Vaccination in Bombay 1913-1923 - 1913-1923
Year: 1913
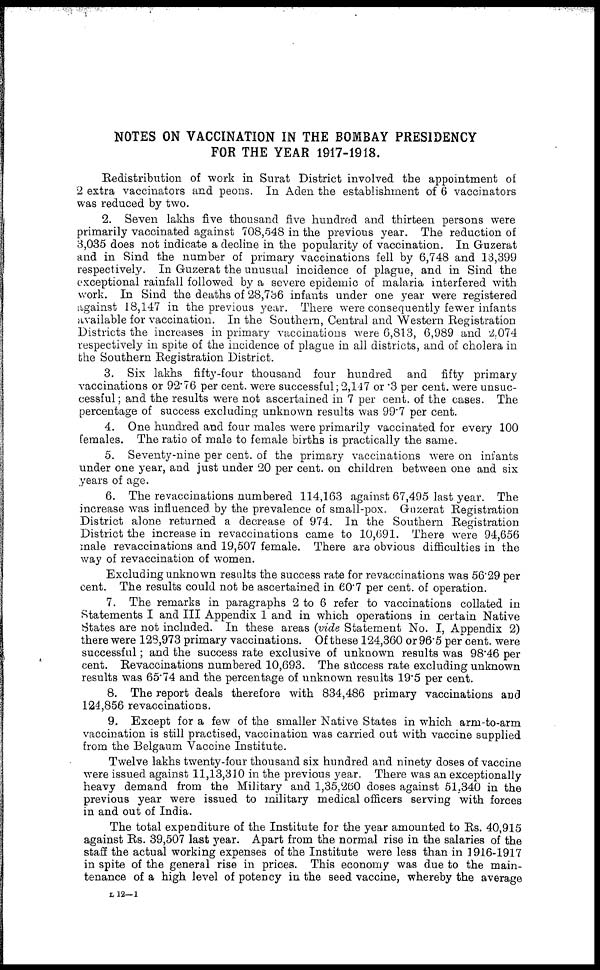
NOTES ON VACCINATION IN THE BOMBAY PRESIDENCY
FOR THE YEAR 1917-1918.
Redistribution of work in Surat District involved the appointment of
2 extra vaccinators and peons. In Aden the establishment of 6 vaccinators
was reduced by two.
2. Seven lakhs five thousand five hundred and thirteen persons were
primarily vaccinated against 708,548 in the previous year. The reduction of
3,035 does not indicate a decline in the popularity of vaccination. In Guzerat
and in Sind the number of primary vaccinations fell by 6,748 and 13,399
respectively. In Guzerat the unusual incidence of plague, and in Sind the
exceptional rainfall followed by a severe epidemic of malaria interfered with
work. In Sind the deaths of 28,736 infants under one year were registered
against 18,147 in the previous year. There were consequently fewer infants
available for vaccination. In the Southern, Central and Western Registration
Districts the increases in primary vaccinations were 6,813, 6,989 and 2,074
respectively in spite of the incidence of plague in all districts, and of cholera in
the Southern Registration District.
3. Six lakhs fifty-four thousand four hundred and fifty primary
vaccinations or 92.76 per cent. were successful;2,147 or .3 per cent. were unsuc-
cessful; and the results were not ascertained in 7 per cent. of the cases. The
percentage of success excluding unknown results was 99.7 per cent.
4. One hundred and four males were primarily vaccinated for every 100
females. The ratio of male to female births is practically the same.
5. Seventy-nine per cent. of the primary vaccinations were on infants
under one year, and just under 20 per cent. on children between one and six
years of age.
6. The revaccinations numbered 114,163 against 67,495 last year. The
increase was influenced by the prevalence of small-pox. Guzerat Registration
District alone returned a decrease of 974. In the Southern Registration
District the increase in revaccinations came to 10,691. There were 94,656
male revaccinations and 19,507 female. There are obvious difficulties in the
way of revaccination of women.
Excluding unknown results the success rate for revaccinations was 56.29 per
cent. The results could not be ascertained in 60.7 per cent. of operation.
7. The remarks in paragraphs 2 to 6 refer to vaccinations collated in
Statements I and III Appendix 1 and in which operations in certain Native
States are not included. In these areas (vide Statement No. I, Appendix 2)
there were 128,973 primary vaccinations. Of these 124,360 or 96.5 per cent. were
successful; and the success rate exclusive of unknown results was 98.46 per
cent. Revaccinations numbered 10,693. The success rate excluding unknown
results was 65.74 and the percentage of unknown results 19.5 per cent.
8. The report deals therefore with 834,486 primary vaccinations and
124,856 revaccinations.
9. Except for a few of the smaller Native States in which arm-to-arm
vaccination is still practised, vaccination was carried out with vaccine supplied
from the Belgaum Vaccine Institute.
Twelve lakhs twenty-four thousand six hundred and ninety doses of vaccine
were issued against 11,13,310 in the previous year. There was an exceptionally
heavy demand from the Military and 1,35,260 doses against 51,340 in the
previous year were issued to military medical officers serving with forces
in and out of India.
The total expenditure of the Institute for the year amounted to Rs. 40,915
against Rs. 39,507 last year. Apart from the normal rise in the salaries of the
staff the actual working expenses of the Institute were less than in 1916-1917
in spite of the general rise in prices. This economy was due to the main-
tenance of a high level of potency in the seed vaccine, whereby the average
L 12—1